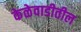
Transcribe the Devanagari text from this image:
केळेवाडीतील